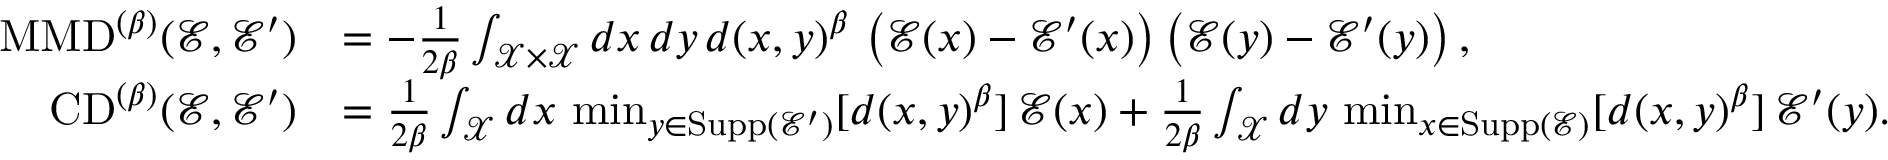
\begin{array} { r l } { \mathrm { M M D } ^ { ( \beta ) } ( \mathcal { E } , \mathcal { E } ^ { \prime } ) } & { = - \frac { 1 } { 2 \beta } \int _ { \mathcal { X } \times \mathcal { X } } d x \, d y \, d ( x , y ) ^ { \beta } \, \left( \mathcal { E } ( x ) - \mathcal { E } ^ { \prime } ( x ) \right) \left( \mathcal { E } ( y ) - \mathcal { E } ^ { \prime } ( y ) \right) , } \\ { \mathrm { C D } ^ { ( \beta ) } ( \mathcal { E } , \mathcal { E } ^ { \prime } ) } & { = \frac { 1 } { 2 \beta } \int _ { \mathcal { X } } d x \, \operatorname* { m i n } _ { y \in \mathrm { S u p p } ( \mathcal { E } ^ { \prime } ) } [ d ( x , y ) ^ { \beta } ] \, \mathcal { E } ( x ) + \frac { 1 } { 2 \beta } \int _ { \mathcal { X } } d y \, \operatorname* { m i n } _ { x \in \mathrm { S u p p } ( \mathcal { E } ) } [ d ( x , y ) ^ { \beta } ] \, \mathcal { E } ^ { \prime } ( y ) . } \end{array}